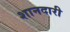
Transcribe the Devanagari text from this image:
शानदारी